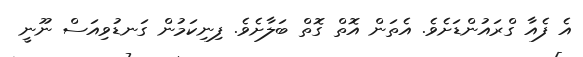
އެ ފެއާ ގްރައުންޑަށެވެ. އެތަން އޮތް ގޮތް ބަލާށެވެ. ފިނިކަމުން ގަނޑުވިއަސް ނޫނީ